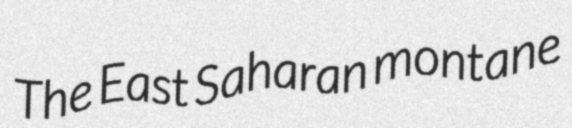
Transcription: The East Saharan montane